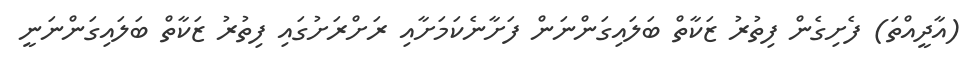
(އާދީއްތަ) ފެށިގެން ފިތުރު ޒަކާތް ބަލައިގަންނަން ފަށާނެކަމަށާއި ރަށްރަށުގައި ފިތުރު ޒަކާތް ބަލައިގަންނަނީ